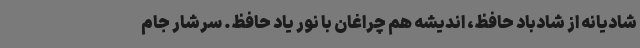
شادیانه از شادباد حافظ، اندیشه هم چراغان با نور یاد حافظ. سرشار جام